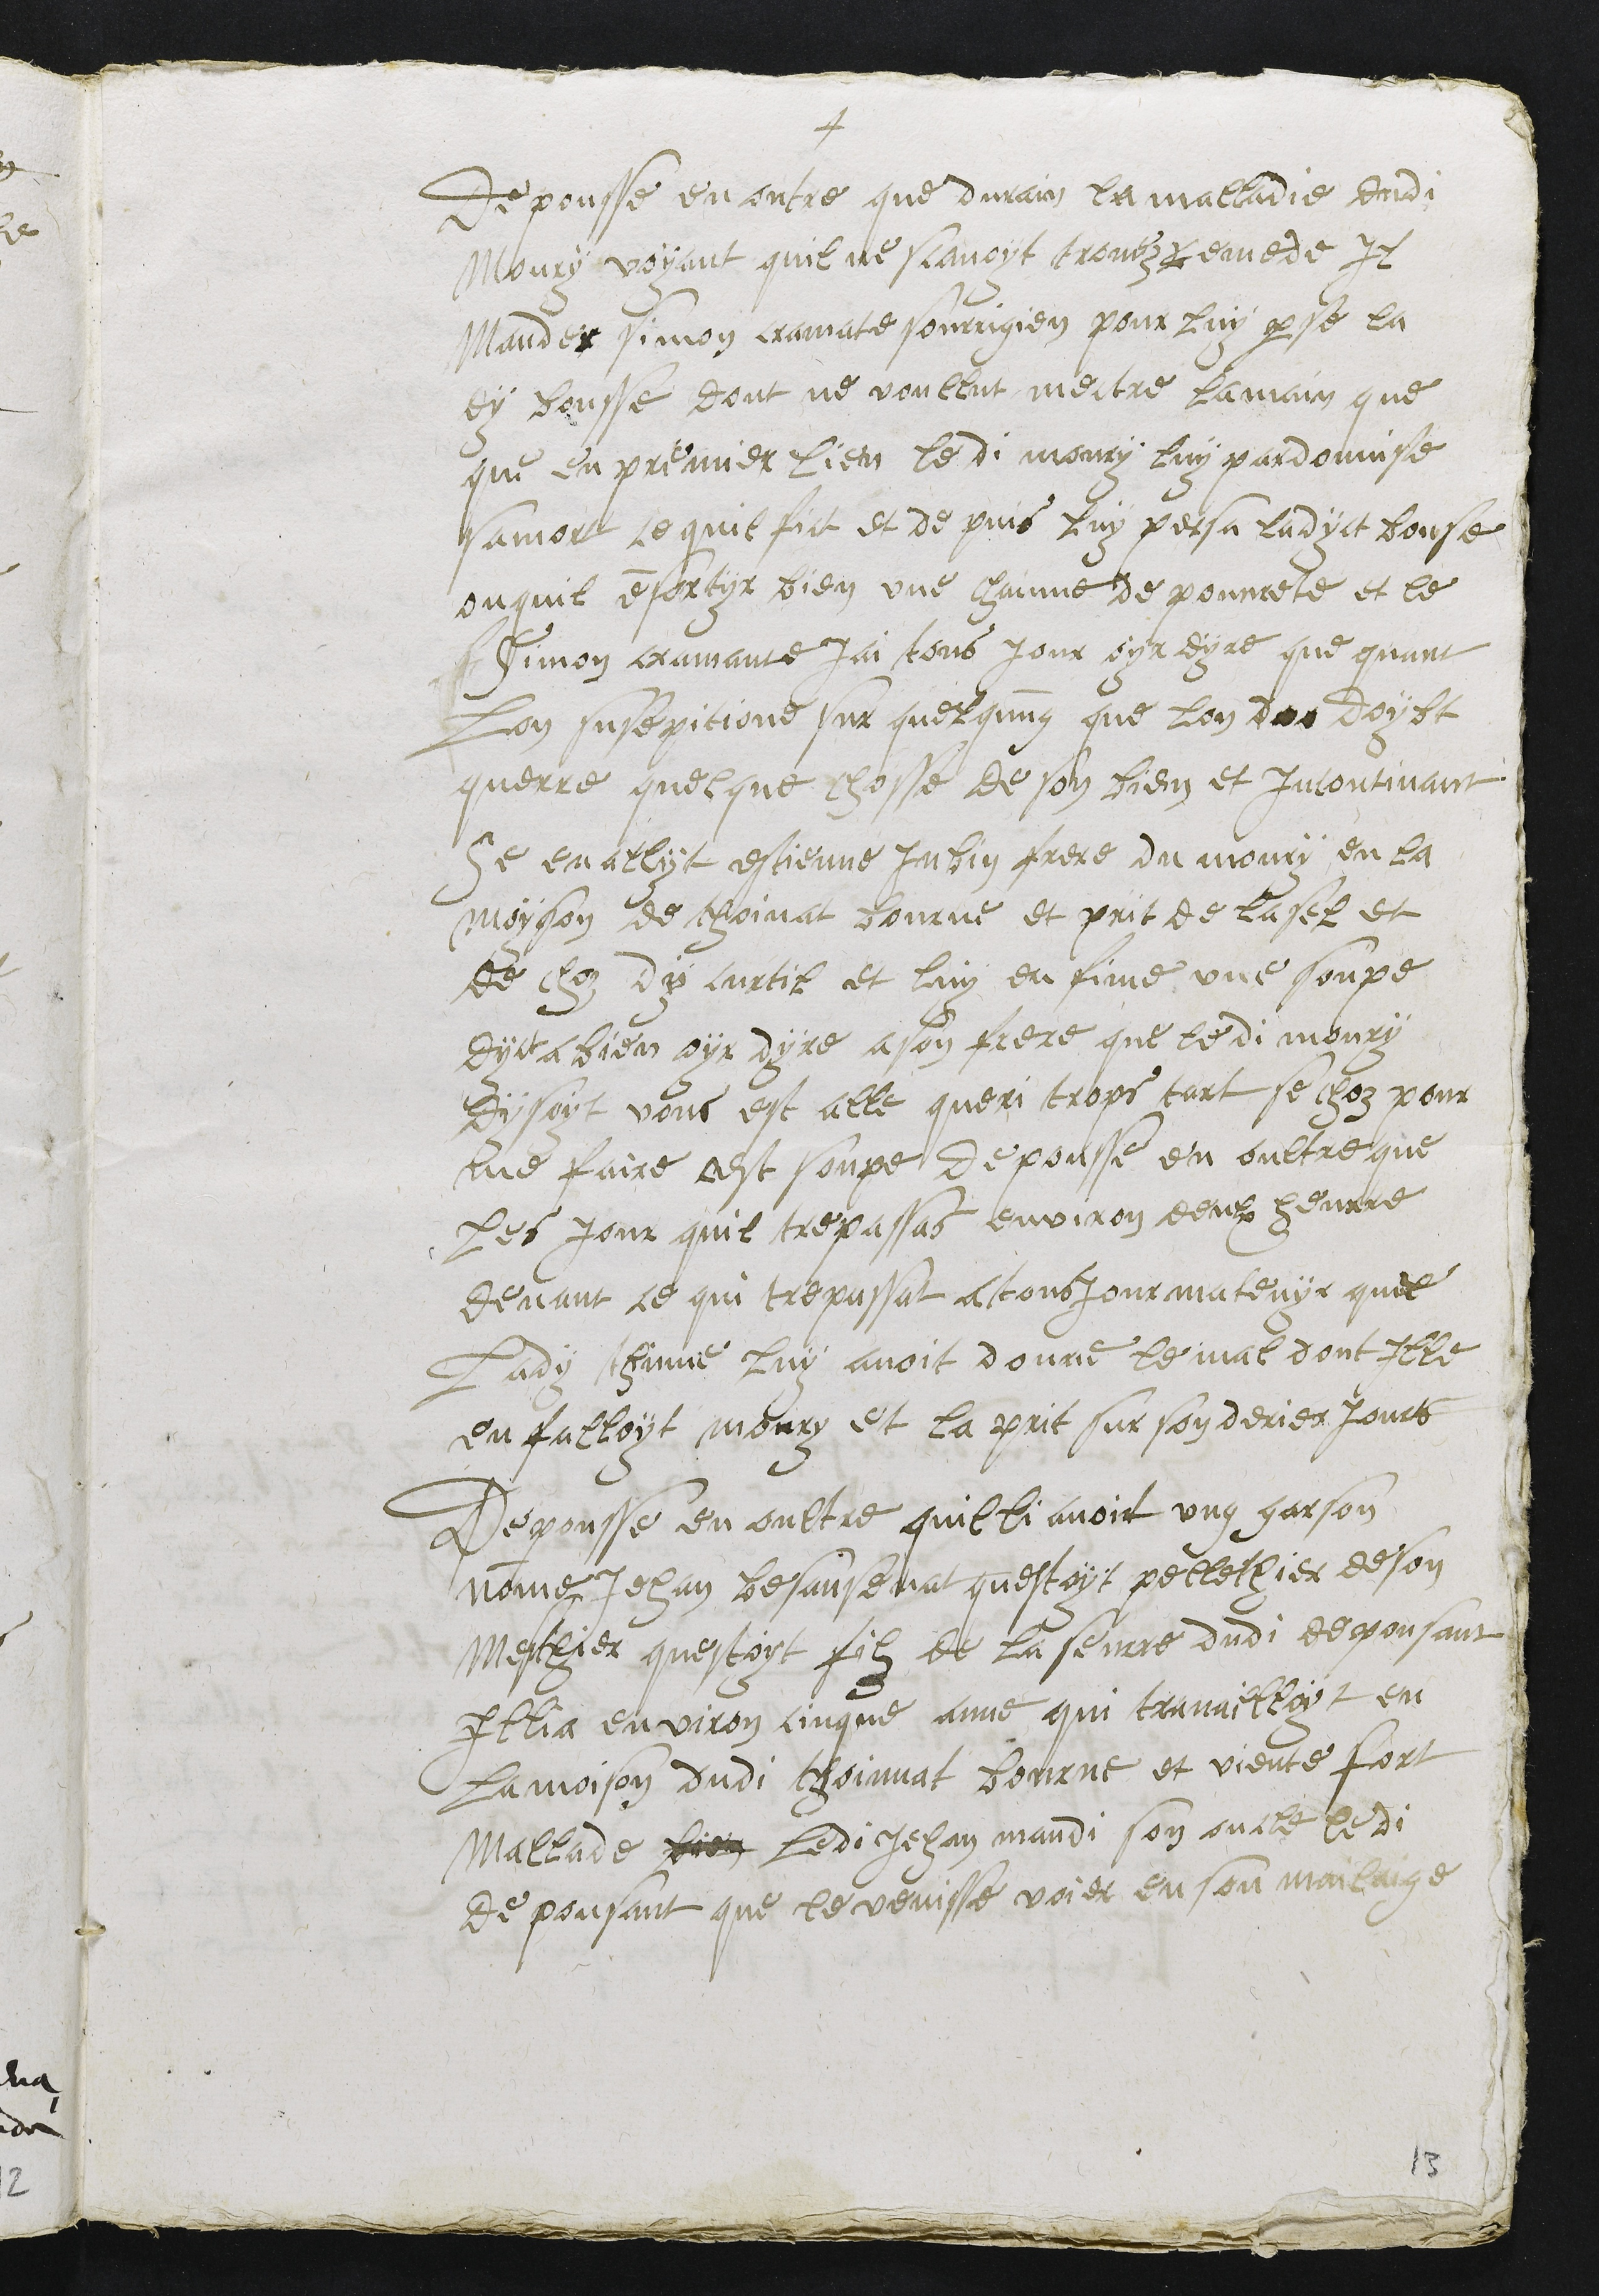
4
Depousse en outre que durain la maladie dudi
Moury voyant quil ne scavoyt trovez remede Il
Mander simon cramate sourrigien pour luy perse la
dy bousse dont ne voullut mectre la main que
que en premier lieu ledi moury luy pardonnise
sa mort ce quil fict et depuis luy perssa ladyct bouse
ou quil en sortyt bien une chainne de pouvrete et le
Simon cramante jai tous jour oyr dyre que quant
Lon susepicione sur quelqung que lon des doybt
querre quelque chosse de son bien et incontinant
Se en allyt estienne Jubin frere du moury en la
moyson de thoinat bourne et prit de lasel et
de choz dy curtil et luy en fime une soupe
dyct a bien oyr dyre a son frere que le di moury
dysoyt vous est alle queri trops tart se choz pour
me faire cest soupe, depousse en oultre que
les jour quil trepassas environ deulx heurre
devant ce qui trepassat a tousjour matenyr quel
lady Thinne luy avoit donne le mal dont ille
enfalloyt moury et la prit sur son derier jours
Depousse en oultre quil li avoit ung garson
nomme Jehan Besansenat questoyt pellethier de son
Methier questoyt filz de la seurre dudi depousant
Illia environ cinque anne qui travailloyt en
la moison dudi thoinnat bourne et viente fort
mallade bien ledit Jehan mandi son oncle ledi
depousant que le venisse voier en son mailaige

13